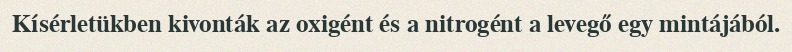
Kísérletükben kivonták az oxigént és a nitrogént a levegő egy mintájából.